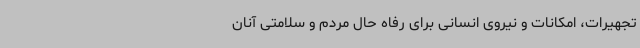
تجهیرات، امکانات و نیروی انسانی برای رفاه حال مردم و سلامتی آنان